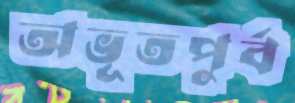
অভূতপুর্ব